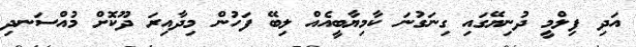
އަދި ފިލްމީ ދުނިޔޭގައި ގިނަގުނަ ކާމިޔާބީއެއް ލިބޭ ފަހުން މިދާއިރަ ދޫކޮށް މުއްސަނދި